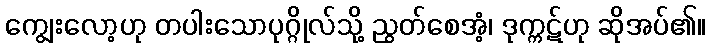
ကျွေးလော့ဟု တပါးသောပုဂ္ဂိုလ်သို့ ညွတ်စေအံ့၊ ဒုက္ကဋ်ဟု ဆိုအပ်၏။